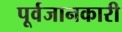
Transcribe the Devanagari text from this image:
पूर्वजानकारी